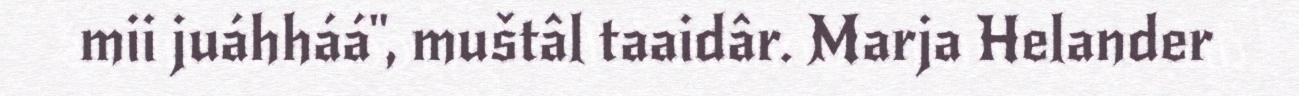
mii juáhháá", muštâl taaidâr. Marja Helander